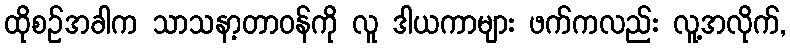
ထိုစဉ်အခါက သာသနာ့တာဝန်ကို လူ ဒါယကာများ ဖက်ကလည်း လူ့အလိုက်,